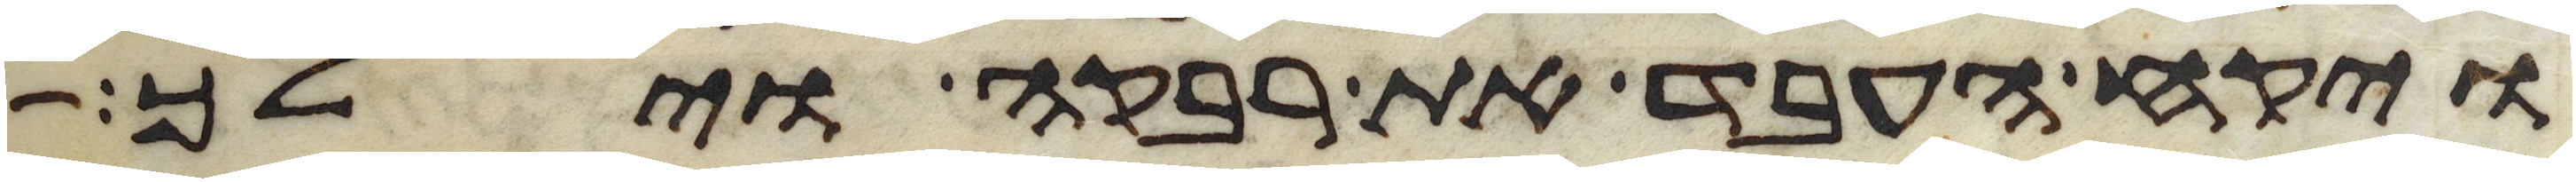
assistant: ויקח העבד את רבקה וילך